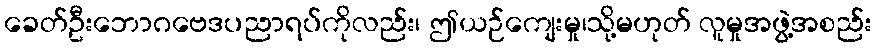
ခေတ်ဦးဘောဂဗေဒပညာရပ်ကိုလည်း၊ ဤယဉ်ကျေးမှု၊သို့မဟုတ် လူမှုအဖွဲ့အစည်း